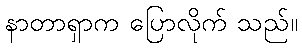
နာတာရှာက ပြောလိုက် သည်။